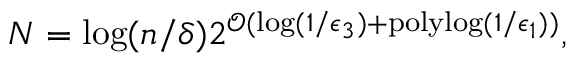
N = \log ( n / \delta ) 2 ^ { \mathcal { O } ( \log ( 1 / \epsilon _ { 3 } ) + \mathrm { p o l y l o g } ( 1 / \epsilon _ { 1 } ) ) } ,